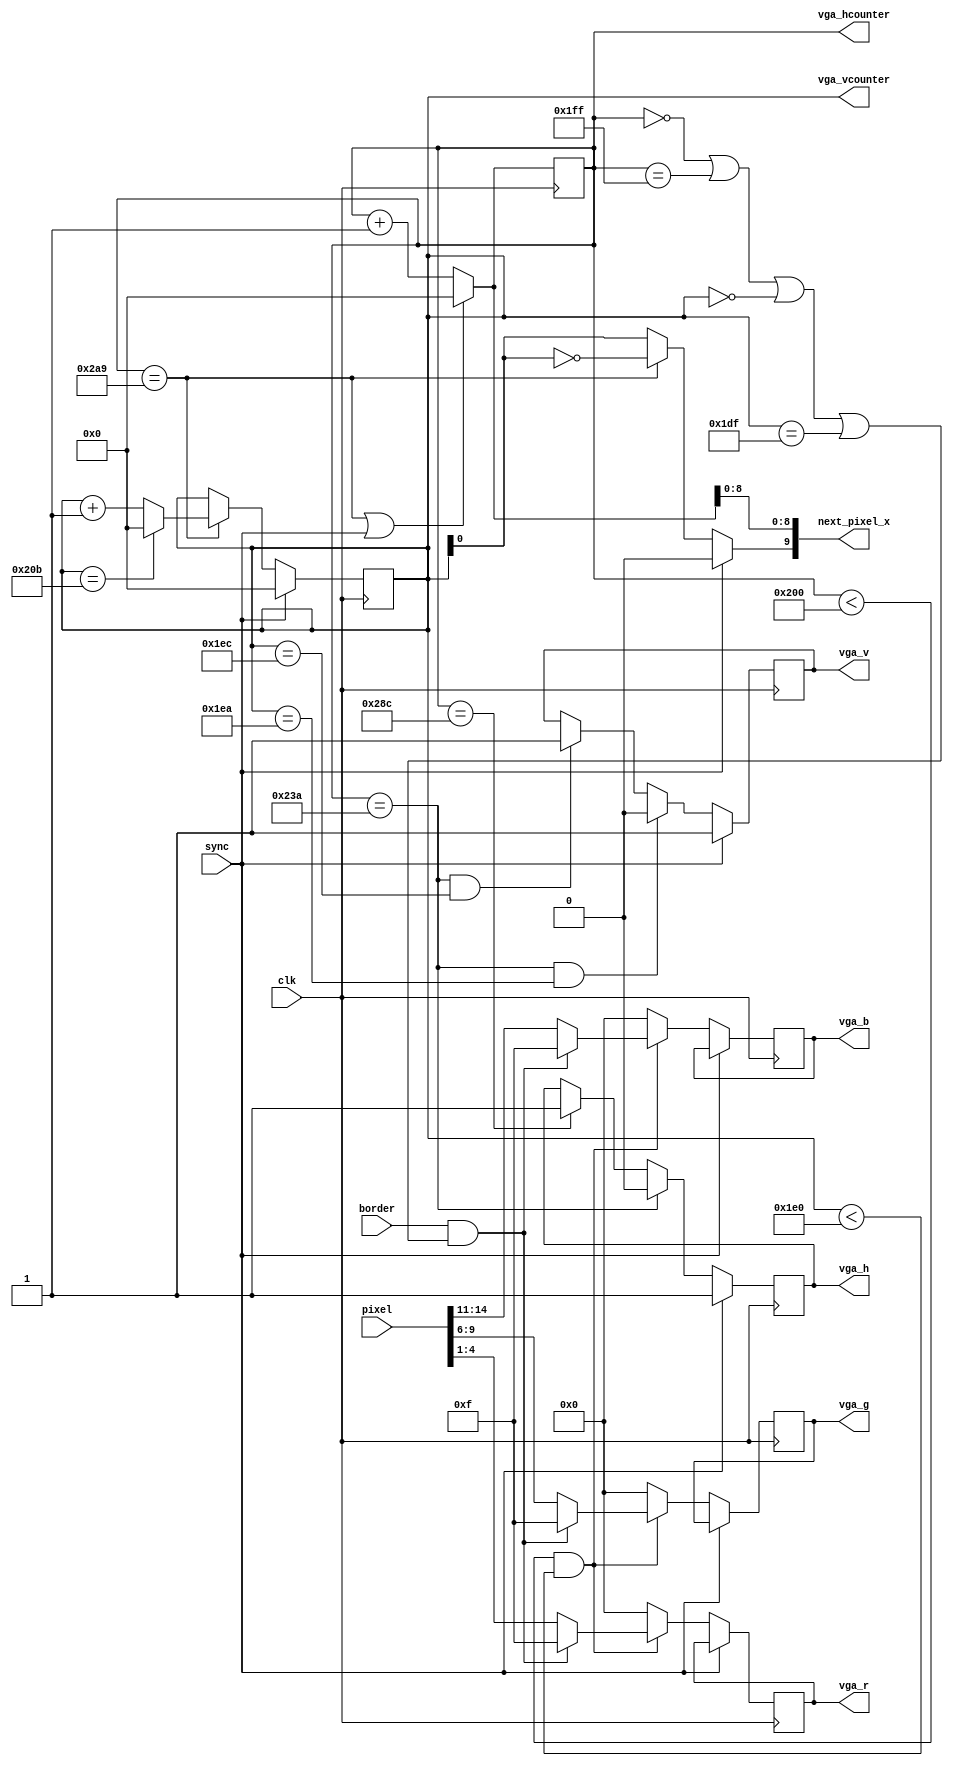
module VgaDriver(input clk,
                 output reg vga_h, output reg vga_v,
                 output reg [3:0] vga_r, output reg[3:0] vga_g, output reg[3:0] vga_b,
                 output [9:0] vga_hcounter,
                 output [9:0] vga_vcounter,
                 output [9:0] next_pixel_x, // The pixel we need NEXT cycle.
                 input [14:0] pixel,        // Pixel for current cycle.
                 input sync,
                 input border);
// Horizontal and vertical counters
reg [9:0] h, v;
wire hpicture = (h < 512);                    // 512 lines of picture
wire hsync_on = (h == 512 + 23 + 35);         // HSync ON, 23+35 pixels front porch
wire hsync_off = (h == 512 + 23 + 35 + 82);   // Hsync off, 82 pixels sync
wire hend = (h == 681);                       // End of line, 682 pixels.

wire vpicture = (v < 480);                    // 480 lines of picture
wire vsync_on  = hsync_on && (v == 480 + 10); // Vsync ON, 10 lines front porch.
wire vsync_off = hsync_on && (v == 480 + 12); // Vsync OFF, 2 lines sync signal
wire vend = (v == 523);                       // End of picture, 524 lines. (Should really be 525 according to NTSC spec)
wire inpicture = hpicture && vpicture;
assign vga_hcounter = h;
assign vga_vcounter = v;
wire [9:0] new_h = (hend || sync) ? 0 : h + 1;
assign next_pixel_x = {sync ? 1'b0 : hend ? !v[0] : v[0], new_h[8:0]};

always @(posedge clk) begin
  h <= new_h;
  if (sync) begin
    vga_v <= 1;
    vga_h <= 1;
    v <= 0;
  end else begin
    vga_h <= hsync_on ? 0 : hsync_off ? 1 : vga_h;
    if (hend)
      v <= vend ? 0 : v + 1;
    vga_v <= vsync_on ? 0 : vsync_off ? 1 : vga_v;
    vga_r <= pixel[4:1];
    vga_g <= pixel[9:6];
    vga_b <= pixel[14:11];
    if (border && (h == 0 || h == 511 || v == 0 || v == 479)) begin
      vga_r <= 4'b1111;
      vga_g <= 4'b1111;
      vga_b <= 4'b1111;
    end
    if (!inpicture) begin
      vga_r <= 4'b0000;
      vga_g <= 4'b0000;
      vga_b <= 4'b0000;
    end
  end
end
endmodule